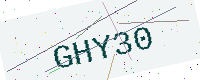
Text: GHY30